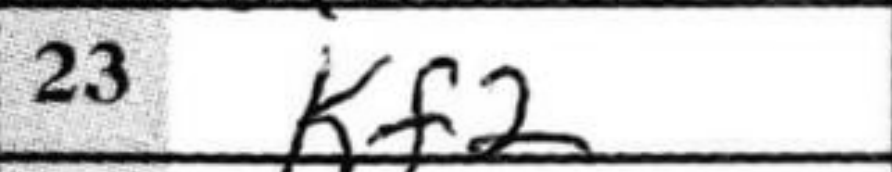
Transcription: Kf2